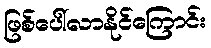
ဖြစ်ပေါ်လာနိုင်ကြောင်း